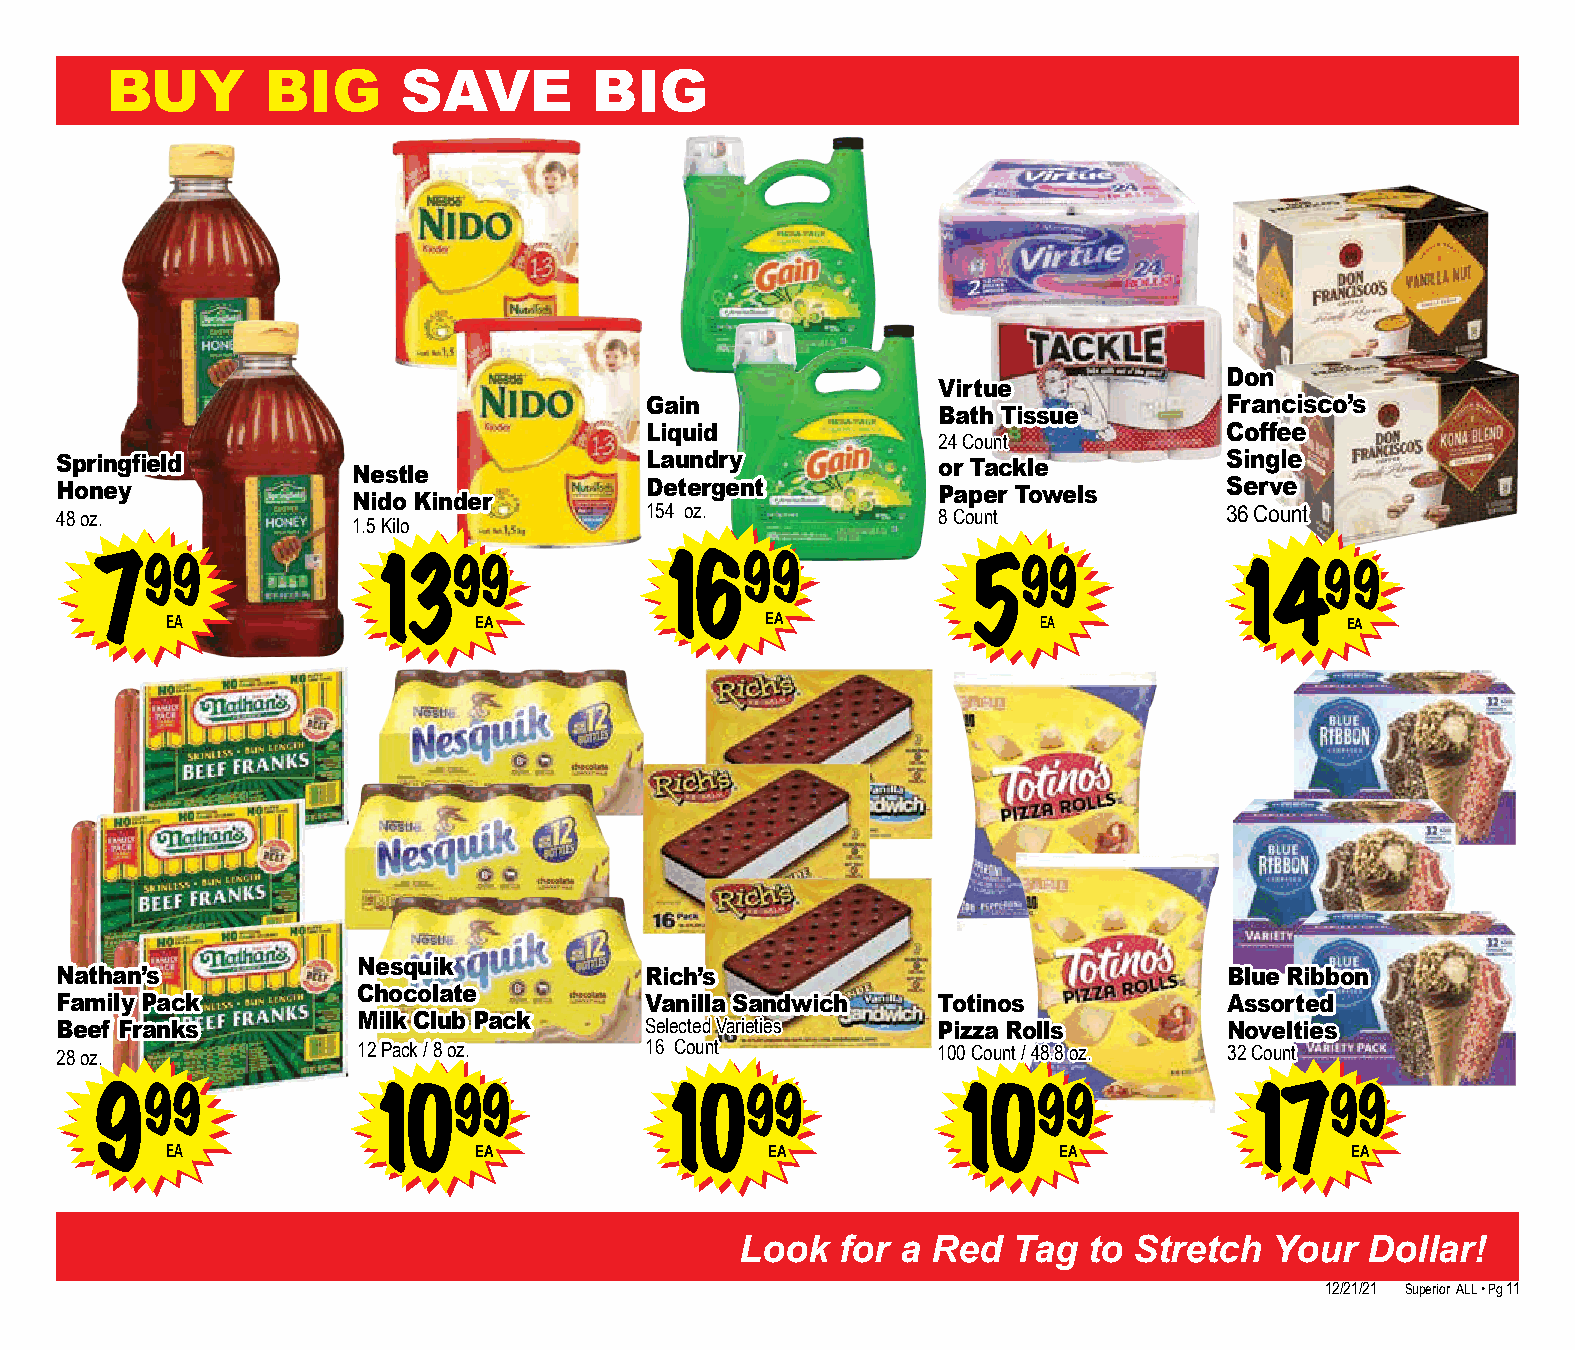
BUY        BIG      SAVE        BIG
 Don
 Virtue
 Gain                                  Francisco’s
 Bath Tissue
 Liquid                                Coffee
 24 Count
 Springfield                            Laundry            or Tackle          Single
 Nestle
 Honey                                  Detergent          Paper Towels       Serve
 Nido Kinder
 48 oz.                                 154 oz.            8 Count            36 Count
 1.5 Kilo
 799               1399               1699                 599               1499
 EA                  EA                  EA                EA                  EA
 Nesquik
 Nathan’s                               Rich’s                                Blue Ribbon
 Chocolate
 Family Pack                            Vanilla Sandwich   Totinos            Assorted
 Milk Club Pack
 Beef Franks                            Selected Varieties Pizza Rolls        Novelties
 28 oz.              12 Pack / 8 oz.    16 Count           100 Count / 48.8 oz. 32 Count
 99                   99                 99                  99                 99
 9                 10                  10                 10                 17
 EA                  EA                  EA                 EA                 EA
 Look   for a Red  Tag  to Stretch  Your   Dollar!
 12/21/21 Superior ALL • Pg 11